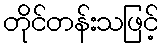
တိုင်တန်းသဖြင့်